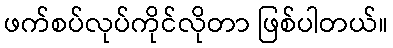
ဖက်စပ်လုပ်ကိုင်လိုတာ ဖြစ်ပါတယ်။